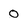
Character: 0